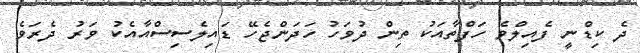
ދެ ކިޑްނީ ފެއިލްވެ ހަފްތާއަކު ތިން ދުވަހު ހަދަންޖެހޭ ޑައިލެސިސްއާއެކު ވަރު ދެރަވެ